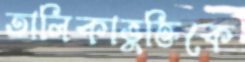
তালিকাভুক্তিকে